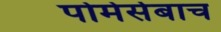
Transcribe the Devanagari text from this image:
पोमेर्सबाच